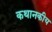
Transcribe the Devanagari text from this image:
कथानकीय